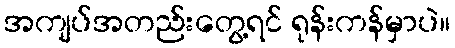
အကျပ်အတည်းတွေ့ရင် ရုန်းကန်မှာပဲ။